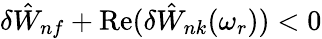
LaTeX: \delta{\hat{W}}_{nf}+\mathrm{Re}(\delta{\hat{W}}_{nk}(\omega_{r}))<0